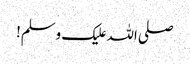
صلی اللہ علیک وسلم!